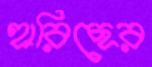
হারিছের